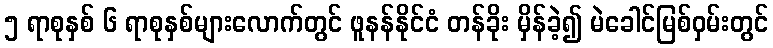
၅ ရာစုနှစ် ၆ ရာစုနှစ်များလောက်တွင် ဖူနန်နိုင်ငံ တန်ခိုး မှိန်ခဲ့၍ မဲခေါင်မြစ်ဝှမ်းတွင်